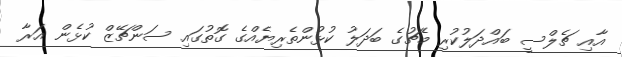
އާއި ޗެލްސީ ބައްދަލުކުރި މެޗުގެ ބަދަލު ކުޅުންތެރިޔެއްގެ ގޮތުގައި ސަންޗޭޒް ކުޅެން އަރާ